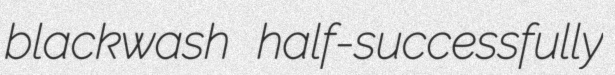
blackwash half-successfully